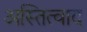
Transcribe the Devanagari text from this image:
अस्तित्वाद